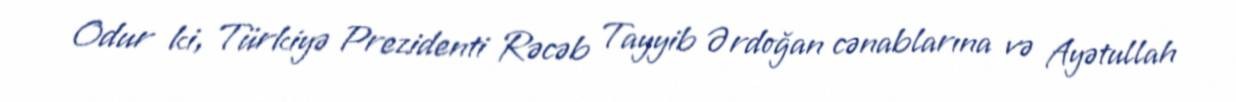
Odur ki, Türkiyə Prezidenti Rəcəb Tayyib Ərdoğan cənablarına və Ayətullah